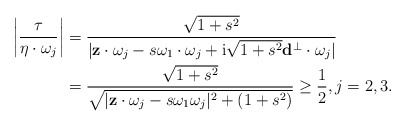
\begin{align*} \begin{aligned} \left \vert \frac{\tau}{\eta\cdot \omega_j}\right \vert &=\frac{\sqrt{1+s^2}}{\vert \mathbf z \cdot \omega_j-s\omega_1\cdot \omega_j+\mathrm i\sqrt{1+s^2}\mathbf d^\perp \cdot \omega_j\vert}\\ &=\frac{\sqrt{1+s^2}}{\sqrt{\vert \mathbf z\cdot \omega_j-s\omega_1\omega_j\vert ^2+(1+s^2)}}\geq\frac{1}{2},j=2,3. \end{aligned} \end{align*}